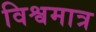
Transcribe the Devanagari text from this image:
विश्वमात्र